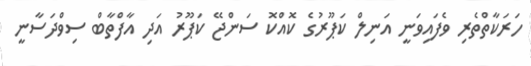
ހަރަކާތްތެރި ވެފައިވަނީ އަނިލް ކަޕޫރުގެ ކޮއްކޮ ސަންޖޭ ކަޕޫރު އަދި އާފްތާބް ސިވްދަސާނީ